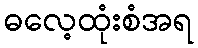
ဓလေ့ထုံးစံအရ